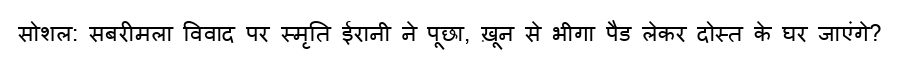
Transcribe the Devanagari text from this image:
सोशल: सबरीमला विवाद पर स्मृति ईरानी ने पूछा, ख़ून से भीगा पैड लेकर दोस्त के घर जाएंगे?